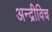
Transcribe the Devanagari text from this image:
अन्द्रीविच